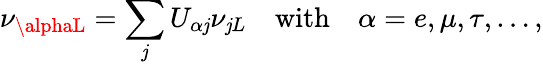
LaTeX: \nu_{\alphaL}=\sum_{\mathit{j}}U_{\alpha\mathit{j}}\nu_{\mathit{j}L}\quad\mathrm{{with}}\quad\alpha=e,\mu,\tau,\ldots,